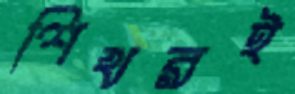
শিখরই